Eesti_Noorsoo_Kasvatuse_Selts, lk 5
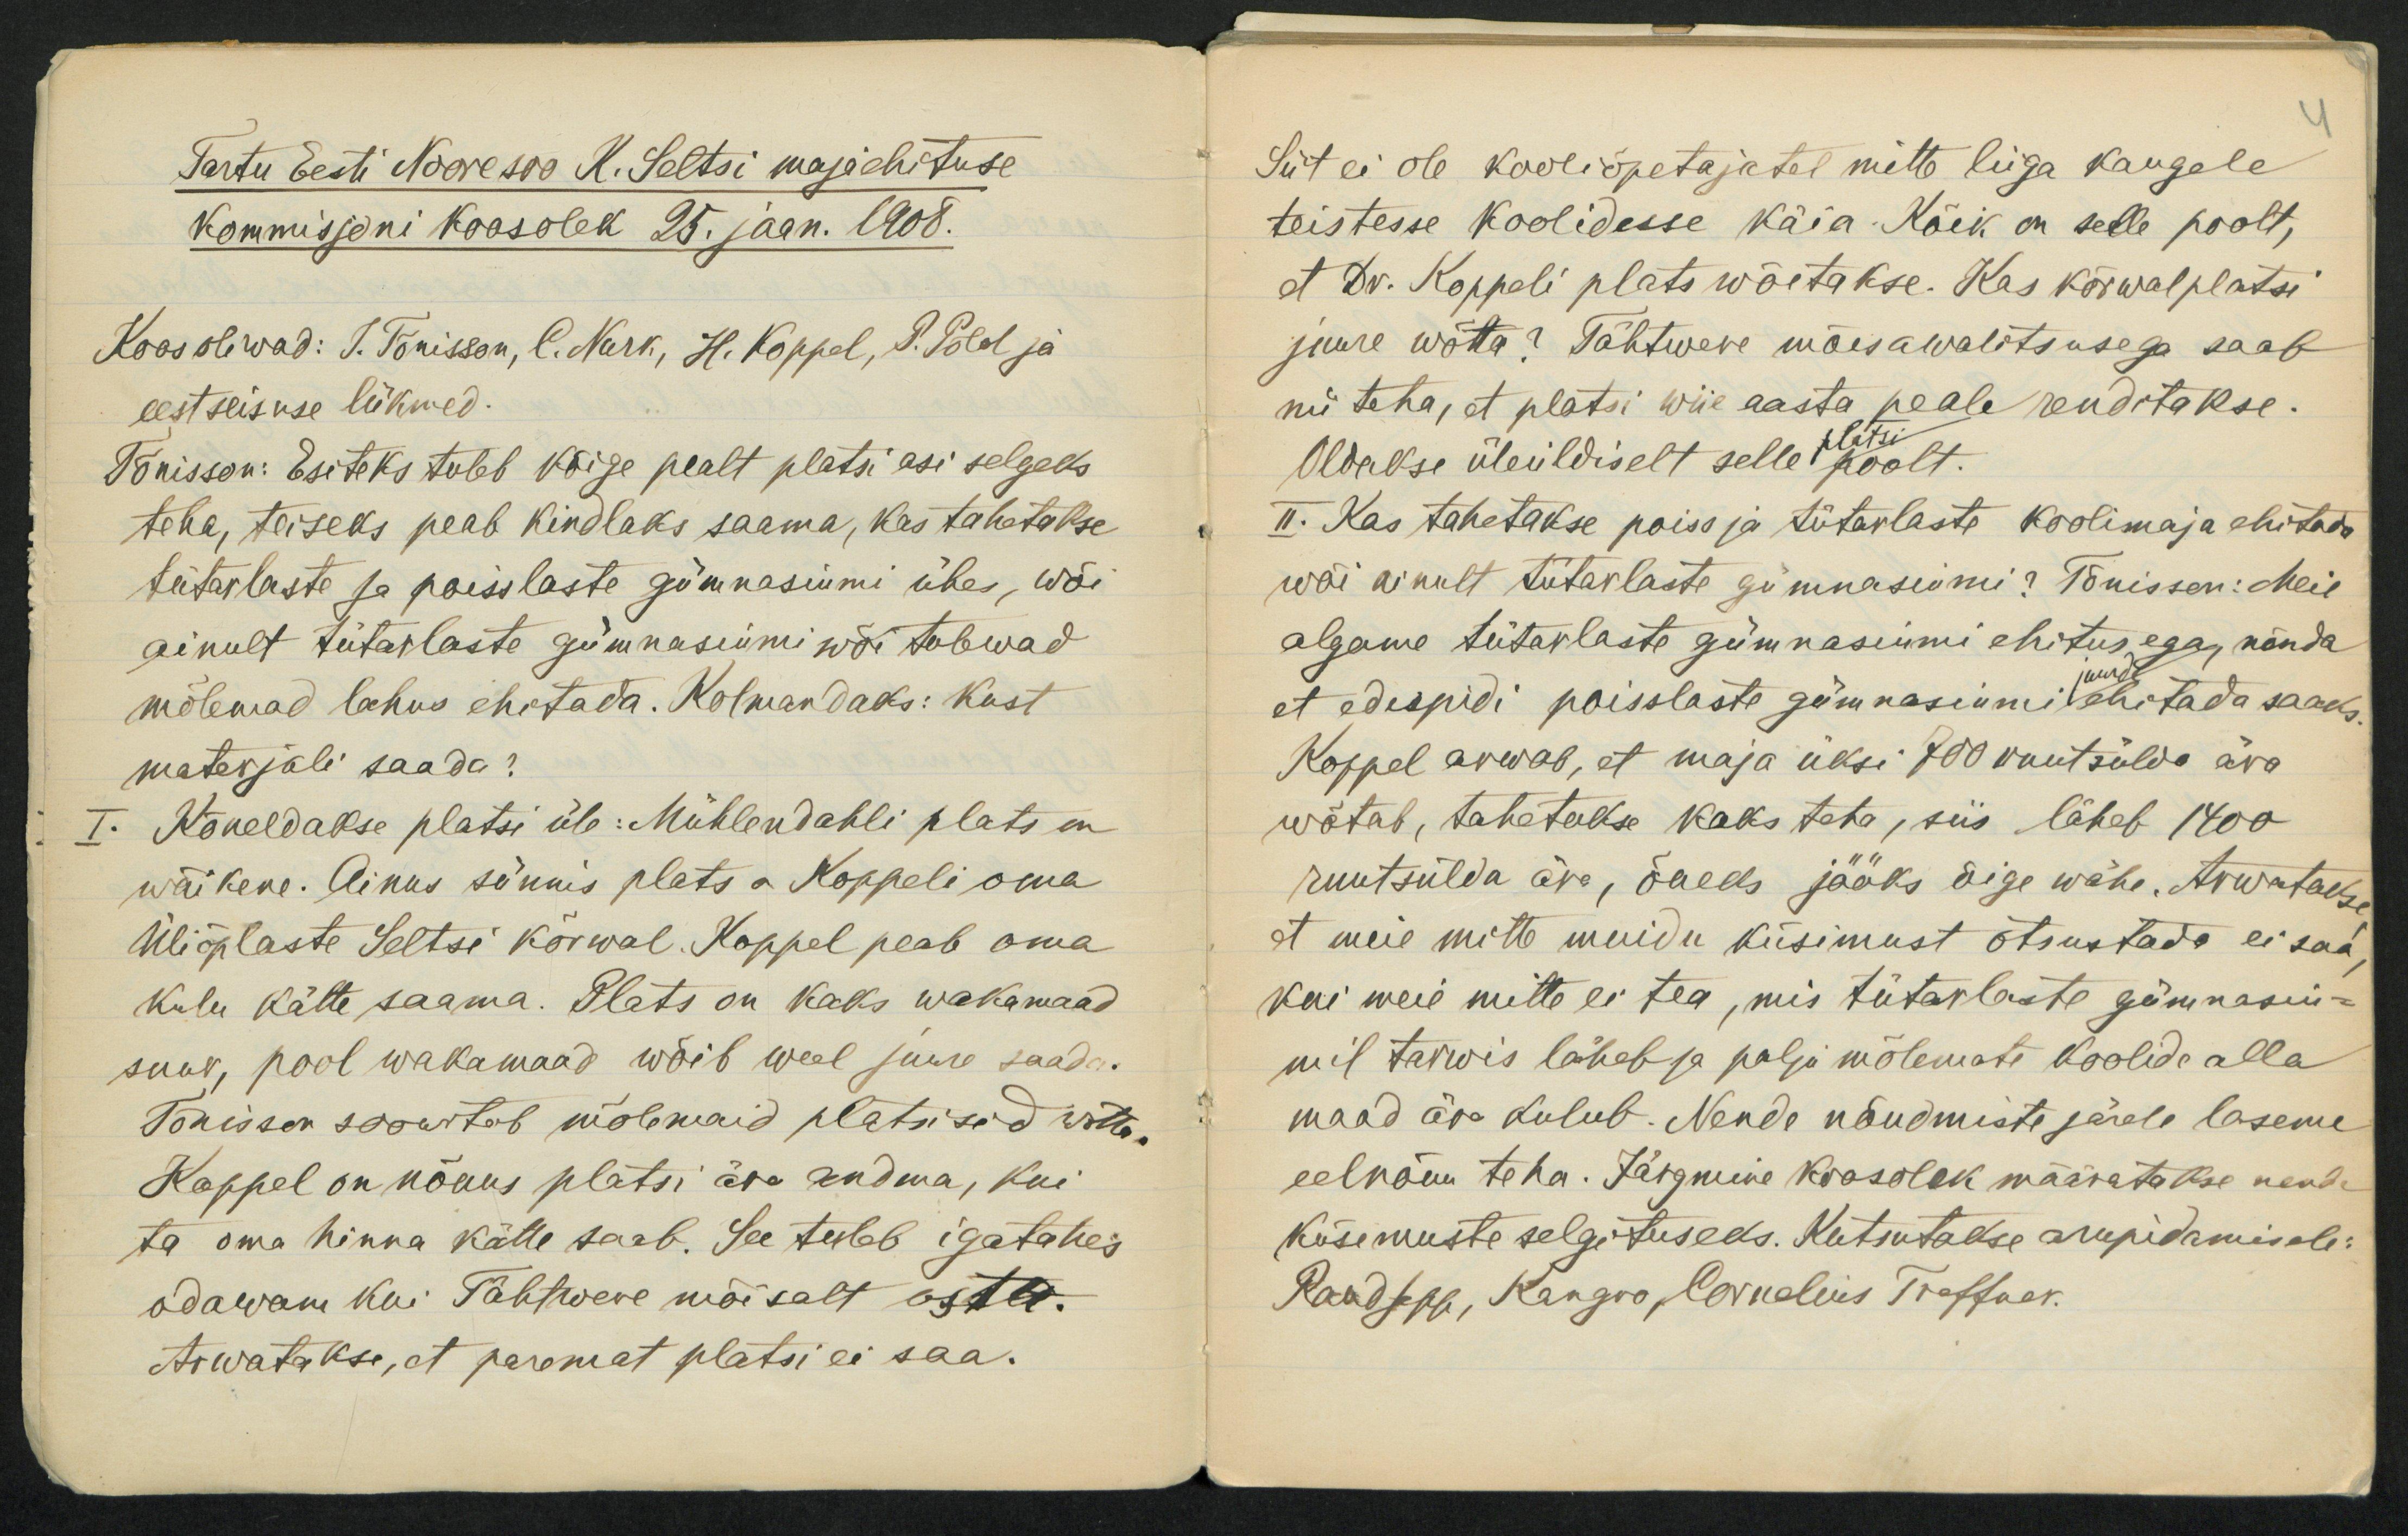
Tartu Eesti Nooresoo K. Seltsi majaehituse
kommisjoni koosolek 25. jaan. 1908.
Koos oliwad: T. Tõnisson, C. Nurk, H. Koppel, P. Põld ja
eestseisuse liikmed.
Tõnisson: Esiteks tuleb kõige pealt platsi asi selgeks
teha, teiseks peab kindlaks saama, kas tahetakse
tütarlaste ja poisslaste gümnasiumi ühes, wõi
ainult tütarlaste gümnasiumi wõi tulewad
mõlemad lahus ehitada. Kolmandaks: Kust
materjali saada?
I. Kõneldakse platsi üle: Mühlendahli plats on
wäikene. Ainus sünnis plats on Koppeli oma
Üliõplaste Seltsi kõrwal. Koppel peab oma
kulu kätte saama. Plats on kaks wakamaad
suur, pool wakamaad wõib weel juure saada.
Tõnisson soowitab mõlemaid platsisid wõtta.
Koppel on nõuus platsi ära andma, kui
ta oma hinna kätte saab. See tuleb igatahes
odawam kui Tähtwere mõisalt osta.
Arwatakse, et paremat platsi ei saa.

Siit ei ole kooliõpetajatel mitte liiga kaugele
teistesse koolidesse käia. Kõik on selle poolt,
et Dr. Koppeli plats wõetakse. Kas kõrwalplatsi
juure wõtta? Tähtwere mõisawalitsusega saab
nii teha, et platsi wiie aasta peale renditakse.
platsi
Oldakse üleüldiselt selle poolt.
II. Kas tahetakse poiss ja tütarlaste koolimaja ehitada
wõi ainult tütarlaste gümnasiumi? Tõnisson: Meie
algame tütarlaste gümnasiumi ehitusega, nõnda
juurde
et edespidi poisslaste gümnasiumi ehitada saaks.
Koppel arwab, et maja üksi 700 ruutsülda ära
wõtab, tahetakse kaks teha, siis läheb 1400
ruutsülda ära, õueks jääks õige wähe. Arwatakse,
et meie mitte muidu küsimust otsustada ei saa,
kui meie mitte ei tea, mis tütarlaste gümnasiu-
mil tarwis läheb ja palju mõlemate koolide alla
maad ära kulub. Nende nõudmiste järele laseme
eelnõuu teha. Järgmine koosolek määratakse nende
küsimuste selgituseks. Kutsutakse arupidamisele:
Raudsepp, Kangro, Cornelius Treffner.